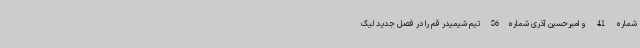
شماره 41 و امیرحسین آذری شماره86 تیم شیمیدر قم را در فصل جدید لیگ